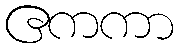
ဧကကာ